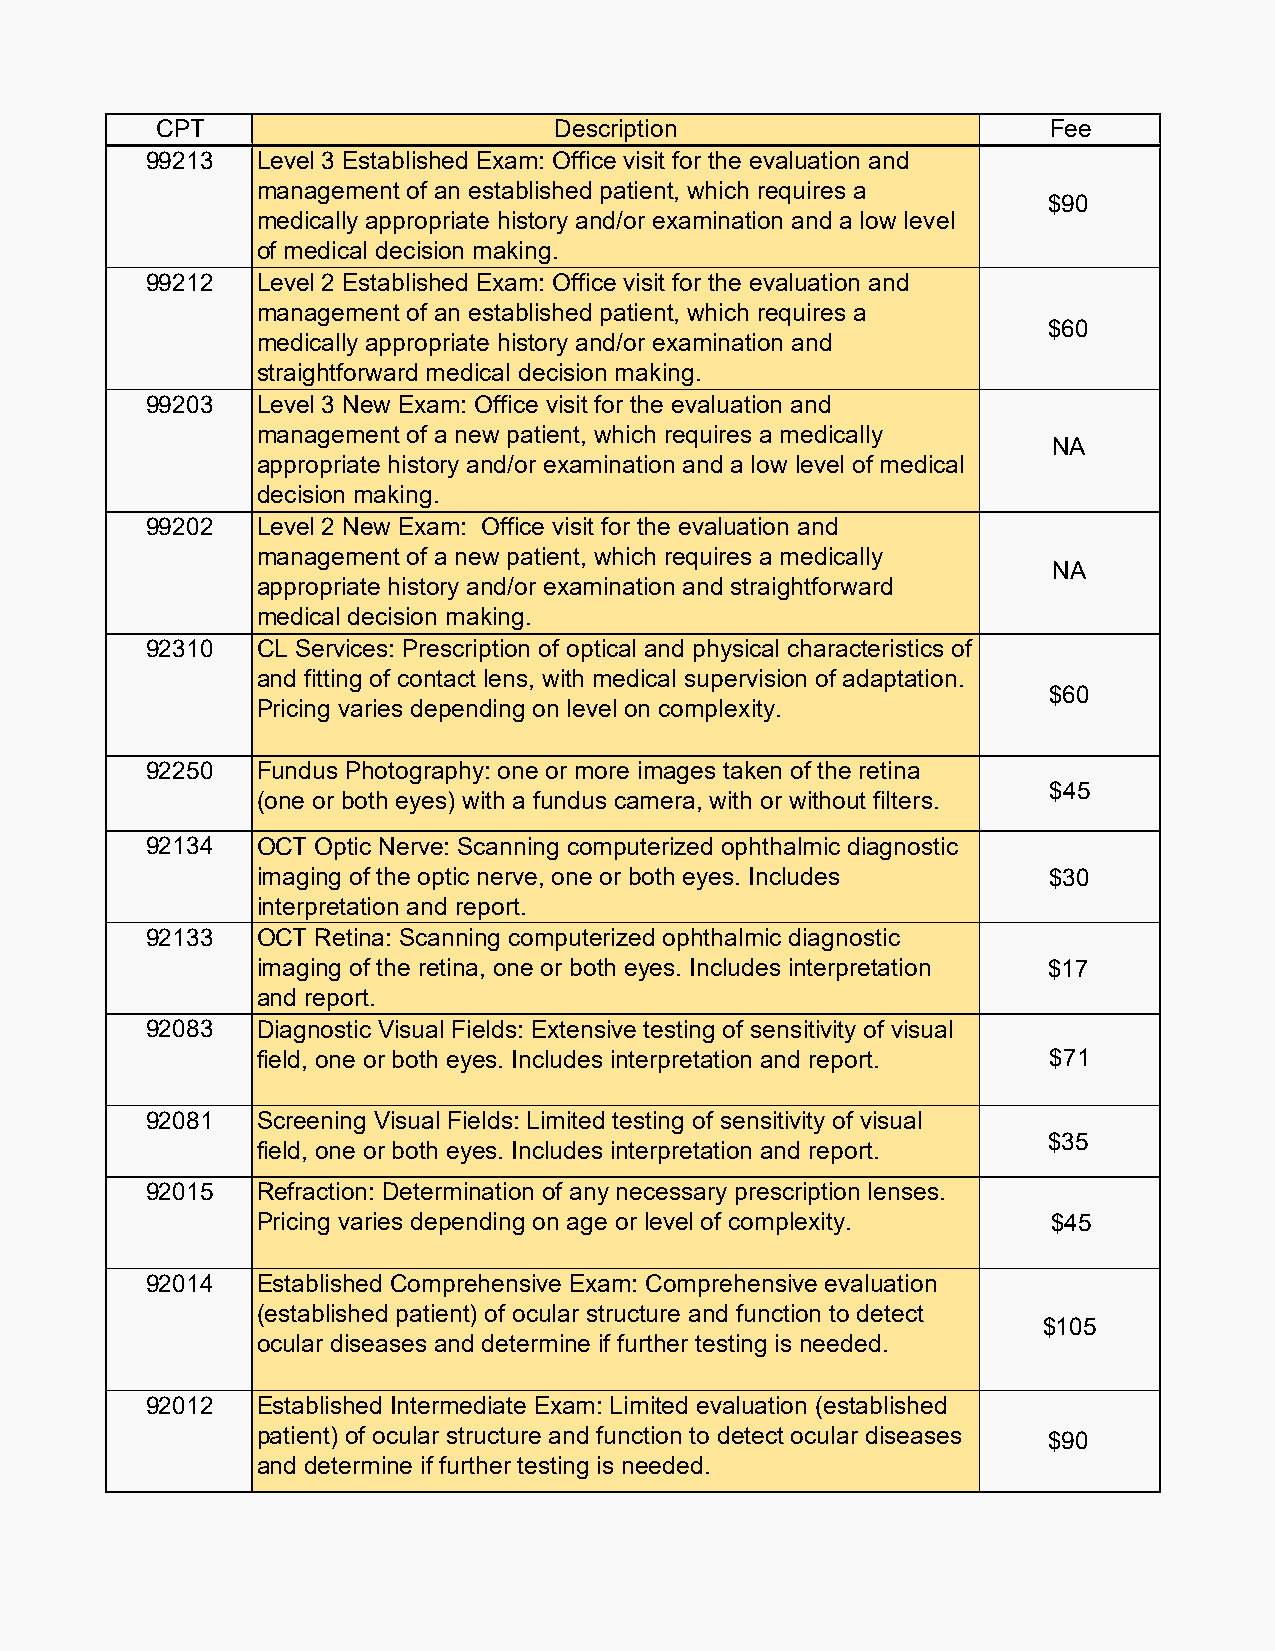
CPT                        Description                     Fee
 99213  Level 3 Established Exam: Office visit for the evaluation and
 management of an established patient, which requires a
 $90
 medically appropriate history and/or examination and a low level
 of medical decision making.
 99212  Level 2 Established Exam: Office visit for the evaluation and
 management of an established patient, which requires a
 $60
 medically appropriate history and/or examination and
 straightforward medical decision making.
 99203  Level 3 New Exam: Office visit for the evaluation and
 management of a new patient, which requires a medically
 NA
 appropriate history and/or examination and a low level of medical
 decision making.
 99202  Level 2 New Exam: Office visit for the evaluation and
 management of a new patient, which requires a medically
 NA
 appropriate history and/or examination and straightforward
 medical decision making.
 92310  CL Services: Prescription of optical and physical characteristics of
 and fitting of contact lens, with medical supervision of adaptation.
 $60
 Pricing varies depending on level on complexity.
 92250  Fundus Photography: one or more images taken of the retina
 $45
 (one or both eyes) with a fundus camera, with or without filters.
 92134  OCT Optic Nerve: Scanning computerized ophthalmic diagnostic
 imaging of the optic nerve, one or both eyes. Includes $30
 interpretation and report.
 92133  OCT Retina: Scanning computerized ophthalmic diagnostic
 imaging of the retina, one or both eyes. Includes interpretation $17
 and report.
 92083  Diagnostic Visual Fields: Extensive testing of sensitivity of visual
 field, one or both eyes. Includes interpretation and report. $71
 92081  Screening Visual Fields: Limited testing of sensitivity of visual
 $35
 field, one or both eyes. Includes interpretation and report.
 92015  Refraction: Determination of any necessary prescription lenses.
 Pricing varies depending on age or level of complexity. $45
 92014  Established Comprehensive Exam: Comprehensive evaluation
 (established patient) of ocular structure and function to detect
 $105
 ocular diseases and determine if further testing is needed.
 92012  Established Intermediate Exam: Limited evaluation (established
 patient) of ocular structure and function to detect ocular diseases
 $90
 and determine if further testing is needed.